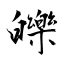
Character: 皪